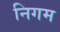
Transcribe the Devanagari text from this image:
निगम